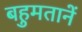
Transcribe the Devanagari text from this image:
बहुमतानें